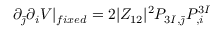
\partial _ { \bar { \jmath } } \partial _ { i } V \vert _ { f i x e d } = 2 \vert Z _ { 1 2 } \vert ^ { 2 } P _ { 3 I , \bar { \jmath } } P _ { , i } ^ { 3 I }